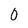
Character: 0